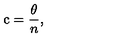
\mathrm { c } = \frac { \theta } { n } ,